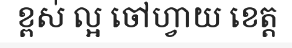
ខ្ពស់ ល្អ ចៅហ្វាយ ខេត្ត